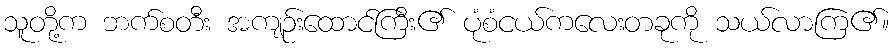
သူတို့က ဘက်စတီး အကျဉ်းထောင်ကြီး၏ ပုံစံငယ်ကလေးတခုကို သယ်လာကြ၏။